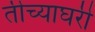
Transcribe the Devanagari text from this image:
तीच्याघरी